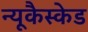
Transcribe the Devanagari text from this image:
न्यूकैस्केड